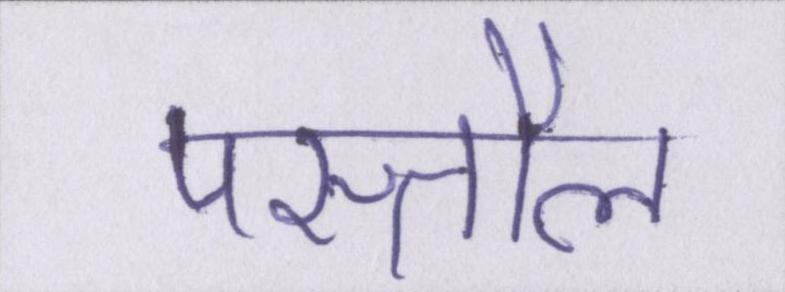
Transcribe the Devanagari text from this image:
पस्तौल